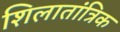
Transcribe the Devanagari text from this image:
शिलातांत्रिक